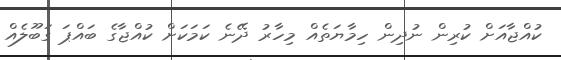
ކުއްޖާއަށް ކުރިން ނުދިން ހިމާޔަތެއް މިހާރު ދޭނެ ކަމަކަށް ކުއްޖާގެ ބައްޕަ ގަބޫލެއް